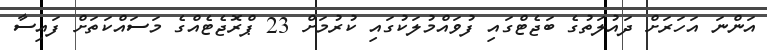
އަންނަ އަހަރަށް ދައުލަތުގެ ބަޖެޓްގައި ފުވައްމުލަކުގައި ކުރުމަށް 23 ޕްރޮޖެޓެއްގެ މަސައްކަތަށް ފައިސާ